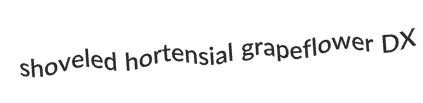
shoveled hortensial grapeflower DX